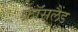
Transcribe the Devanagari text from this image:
क्रॉसलैंड